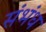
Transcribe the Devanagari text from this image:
संभंध